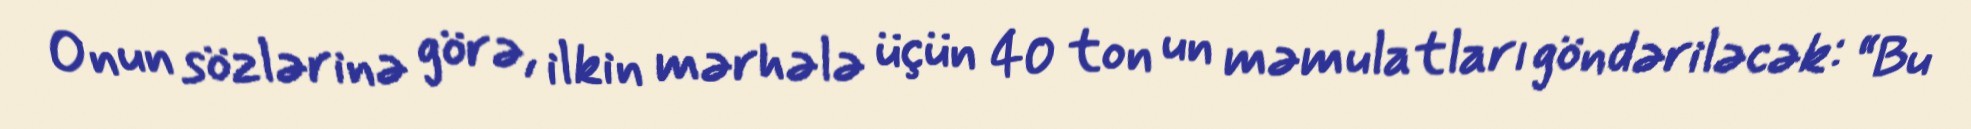
Onun sözlərinə görə, ilkin mərhələ üçün 40 ton un məmulatları göndəriləcək: “Bu